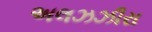
અલઝઝીરા